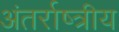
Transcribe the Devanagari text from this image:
अंतर्राष्त्रीय